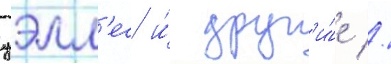
уэлл'ес и́ друг'и́е //